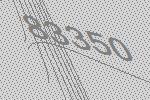
83350